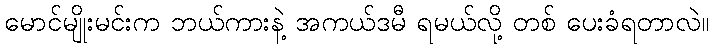
မောင်မျိုးမင်းက ဘယ်ကားနဲ့ အကယ်ဒမီ ရမယ်လို့ တစ် ပေးခံရတာလဲ။